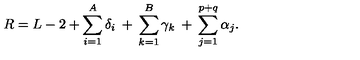
R = L - 2 + \sum _ { i = 1 } ^ { A } \delta _ { i } \: + \: \sum _ { k = 1 } ^ { B } \gamma _ { k } \: + \: \sum _ { j = 1 } ^ { p + q } \alpha _ { j } .